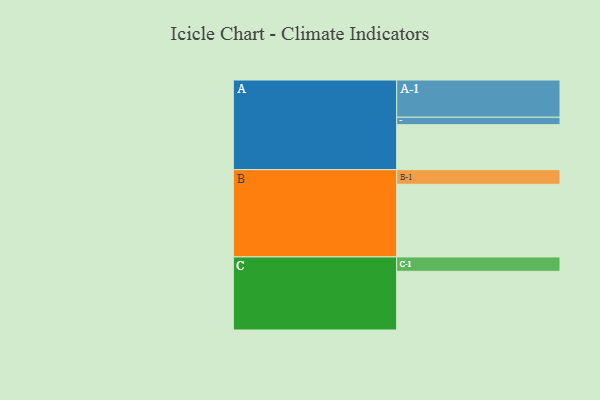
{"axis": {"x": "Segment", "y": "Value"}, "legend": ["", "A", "B", "C"], "data": [{"x": "A", "y": 350, "type": ""}, {"x": "B", "y": 566, "type": ""}, {"x": "C", "y": 457, "type": ""}, {"x": "A-1", "y": 290, "type": "A"}, {"x": "A-2", "y": 58, "type": "A"}, {"x": "B-1", "y": 114, "type": "B"}, {"x": "C-1", "y": 112, "type": "C"}]}